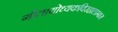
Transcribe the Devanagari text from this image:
गीतायोध्यकविरहालम्बन